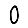
Digit: 0